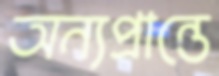
অন্যপ্রান্তে